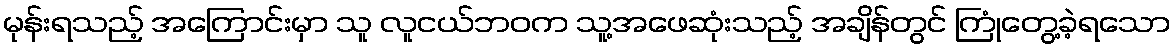
မုန်းရသည့် အကြောင်းမှာ သူ လူငယ်ဘဝက သူ့အဖေဆုံးသည့် အချိန်တွင် ကြုံတွေ့ခဲ့ရသော